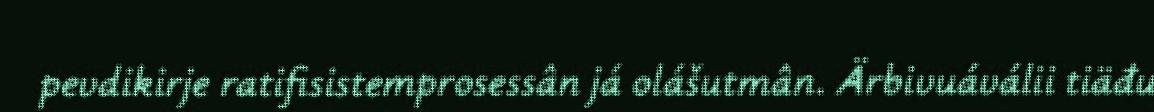
pevdikirje ratifisistemprosessân já olášutmân. Ärbivuáválii tiäđu